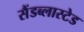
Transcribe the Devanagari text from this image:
सैंडब्लास्टेड